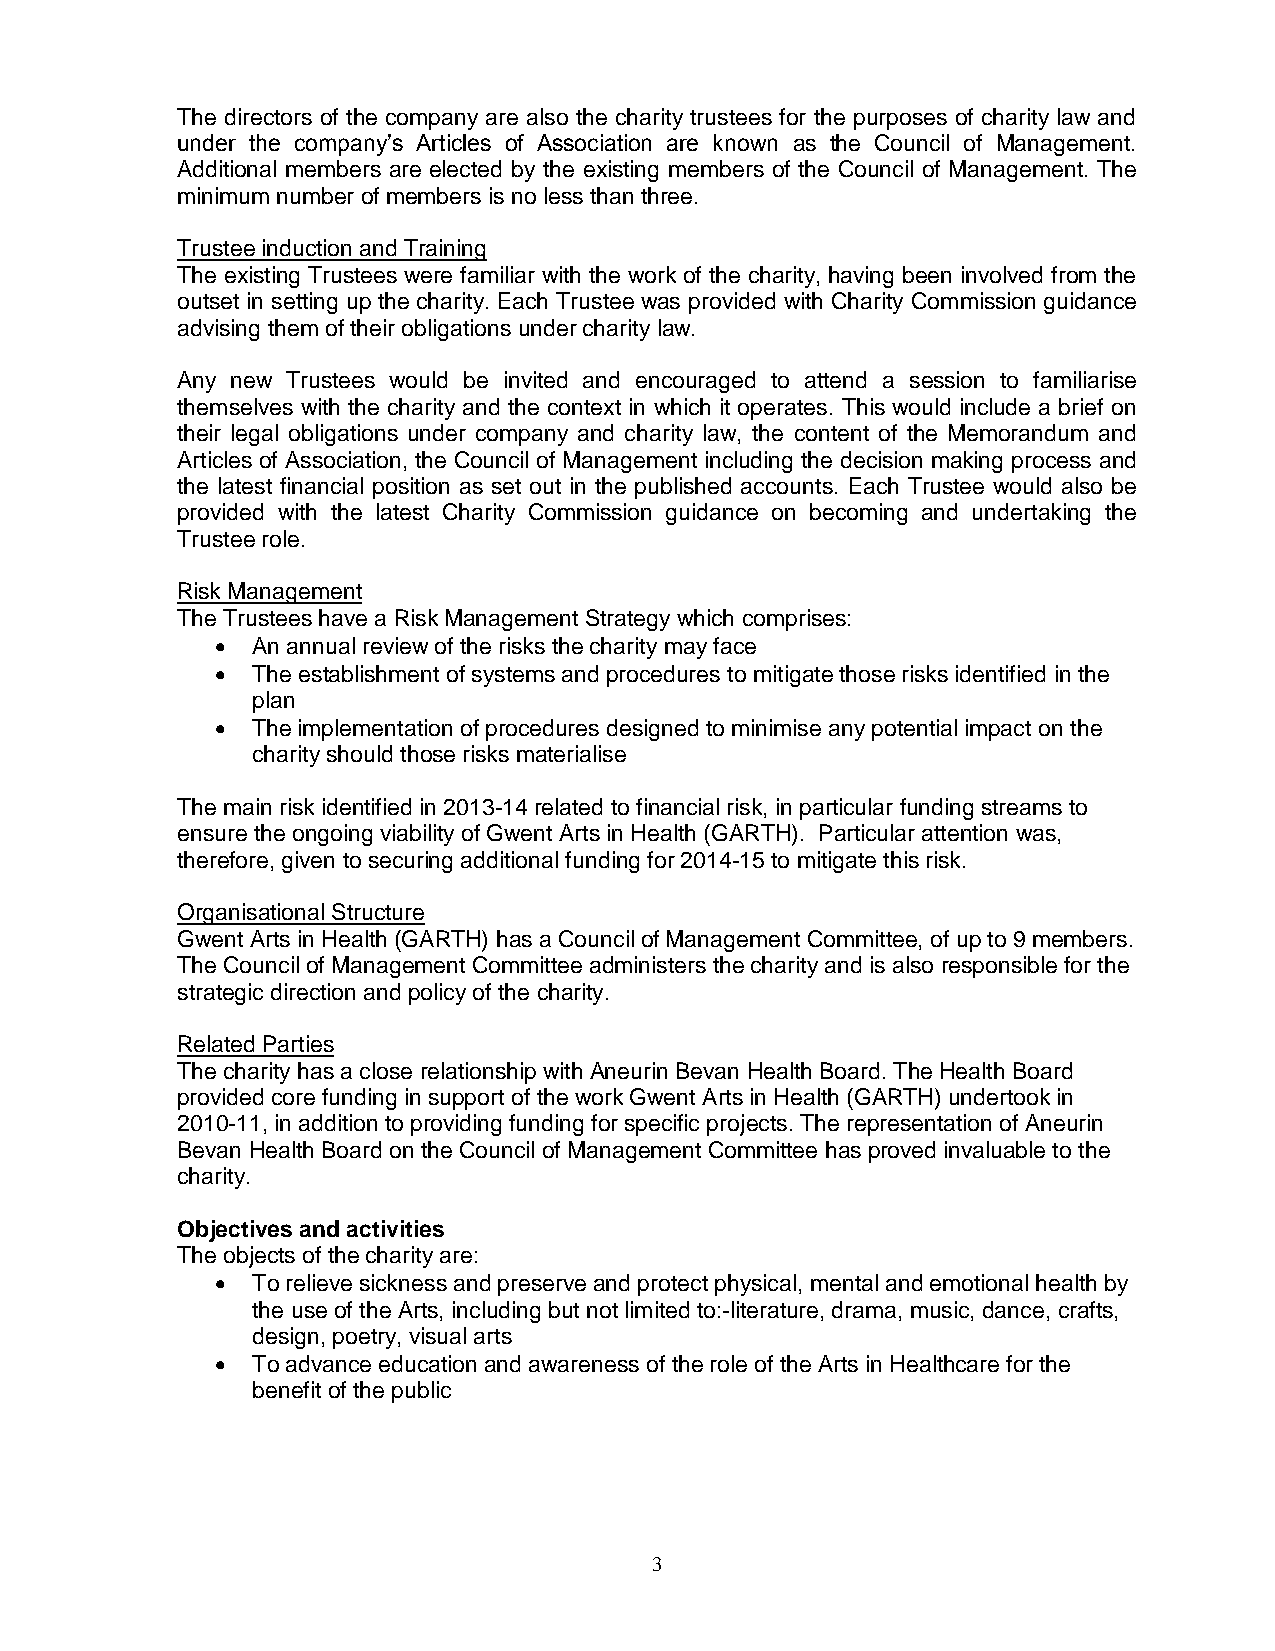
The directors of the company are also the charity trustees for the purposes of charity law and
 under the company’s Articles of Association are known as the Council of Management.
 Additional members are elected by the existing members of the Council of Management. The
 minimum number of members is no less than three.
 Trustee induction and Training
 The existing Trustees were familiar with the work of the charity, having been involved from the
 outset in setting up the charity. Each Trustee was provided with Charity Commission guidance
 advising them of their obligations under charity law.
 Any new Trustees would be invited and encouraged to attend a session to familiarise
 themselves with the charity and the context in which it operates. This would include a brief on
 their legal obligations under company and charity law, the content of the Memorandum and
 Articles of Association, the Council of Management including the decision making process and
 the latest financial position as set out in the published accounts. Each Trustee would also be
 provided with the latest Charity Commission guidance on becoming and undertaking the
 Trustee role.
 Risk Management
 The Trustees have a Risk Management Strategy which comprises:
   An annual review of the risks the charity may face
   The establishment of systems and procedures to mitigate those risks identified in the
 plan
   The implementation of procedures designed to minimise any potential impact on the
 charity should those risks materialise
 The main risk identified in 2013-14 related to financial risk, in particular funding streams to
 ensure the ongoing viability of Gwent Arts in Health (GARTH). Particular attention was,
 therefore, given to securing additional funding for 2014-15 to mitigate this risk.
 Organisational Structure
 Gwent Arts in Health (GARTH) has a Council of Management Committee, of up to 9 members.
 The Council of Management Committee administers the charity and is also responsible for the
 strategic direction and policy of the charity.
 Related Parties
 The charity has a close relationship with Aneurin Bevan Health Board. The Health Board
 provided core funding in support of the work Gwent Arts in Health (GARTH) undertook in
 2010-11, in addition to providing funding for specific projects. The representation of Aneurin
 Bevan Health Board on the Council of Management Committee has proved invaluable to the
 charity.
 Objectives and activities
 The objects of the charity are:
   To relieve sickness and preserve and protect physical, mental and emotional health by
 the use of the Arts, including but not limited to:-literature, drama, music, dance, crafts,
 design, poetry, visual arts
   To advance education and awareness of the role of the Arts in Healthcare for the
 benefit of the public
 3